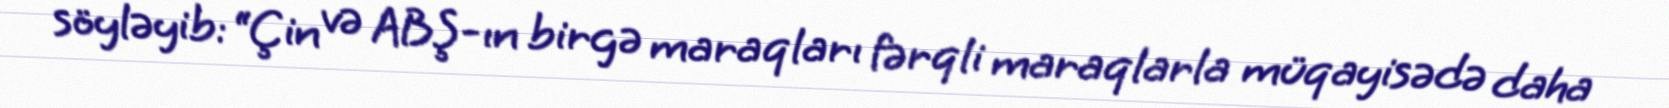
söyləyib: “Çin və ABŞ-ın birgə maraqları fərqli maraqlarla müqayisədə daha